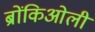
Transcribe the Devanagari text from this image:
ब्रोंकिओली